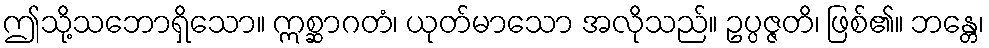
ဤသို့သဘောရှိသော။ ဣစ္ဆာဂတံ၊ ယုတ်မာသော အလိုသည်။ ဥပ္ပဇ္ဇတိ၊ ဖြစ်၏။ ဘန္တေ၊